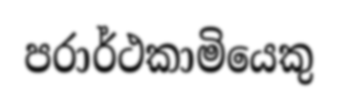
පරාර්ථකාමියෙකු